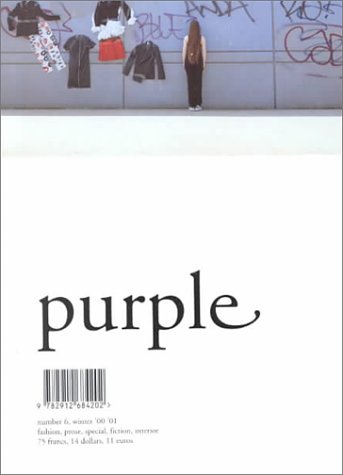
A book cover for Purple #6; Elein Fleiss; Humor & Entertainment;